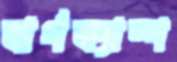
বার্গক্যাম্প